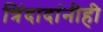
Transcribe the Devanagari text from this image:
त्रिंदादांनीही